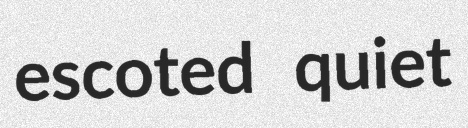
escoted quiet